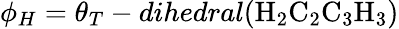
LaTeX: \phi_{H}=\theta_{T}-dihedral(\mathrm{H}_{2}\mathrm{C}_{2}\mathrm{C}_{3}\mathrm{H}_{3})